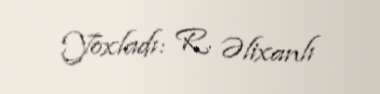
Yoxladı: R. Əlixanlı